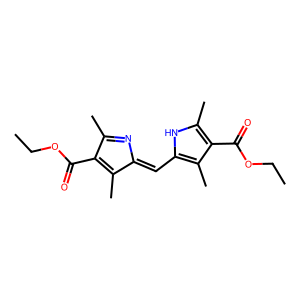
SMILES: CCOC(=O)C1=C(C)C(=Cc2[nH]c(C)c(C(=O)OCC)c2C)N=C1C
Inhibits HIV replication: No